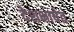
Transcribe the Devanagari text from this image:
देशभाषेत